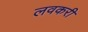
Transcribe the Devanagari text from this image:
लवकरी